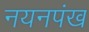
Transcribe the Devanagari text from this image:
नयनपंख